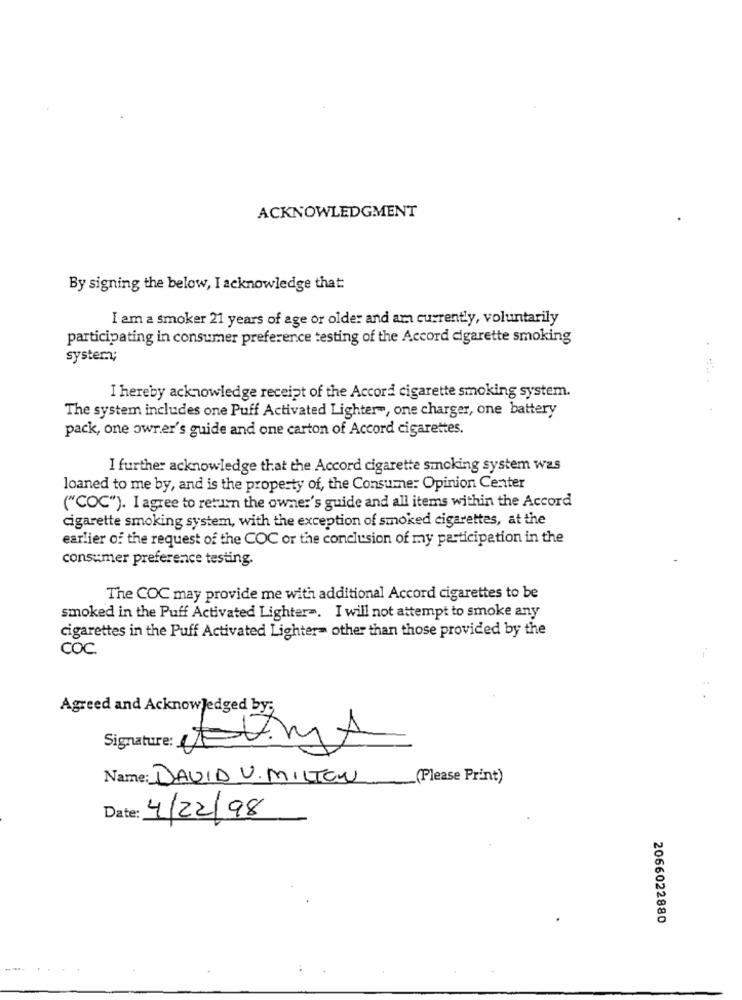
ACKNOWLEDGMENT
By signing the below, I acknowledge that
I am a smoker 21 years of age or older and am currently, voluntarily
participating in consumer preference testing of the Accord cigarette smoking
system;
I hereby acknowledge receipt of the Accord cigarette smoking system.
The system includes one Puff Activated Lighter", one charger, one battery
pack, one owner's guide and one carton of Accord cigarettes.
I further acknowledge that the Accord cigarette smoking system was
loaned to me by, and is the property of, the Consumer Opinion Center
("COC"). I agree to return the owner's guide and all items within the Accord
cigarette smoking system, with the exception of smoked cigarettes, at the
earlier of the request of the COC or the conclusion of my participation in the
consumer preference testing.
The COC may provide me with additional Accord cigarettes to be
smoked in the Puff Activated Lighter =. I will not attempt to smoke any
cigarettes in the Puff Activated Lighter- other than those provided by the
COC
Agreed and Acknowledged by;
Signature
Name: DAVID V. MILTON
(Please Print)
4/22/98
2066022880